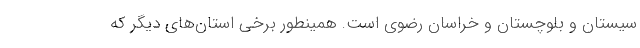
سیستان و بلوچستان و خراسان رضوی است. همینطور برخی استان‌های دیگر که